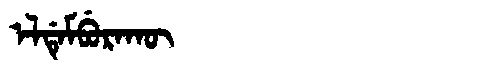
Manchu: ᡝᠯᡩᡝᠮᠪᡠᡵᠠᡴᡡ
Romanization: ELDEMBURAKŪ